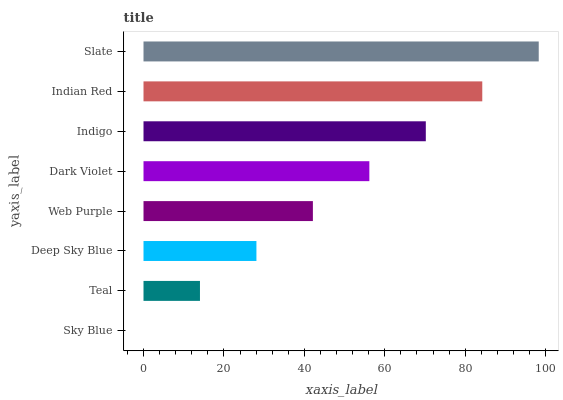
| yaxis_label | bars |
 | --- | --- |
 | Sky Blue | 0 |
 | Teal | 14 |
 | Deep Sky Blue | 28.1 |
 | Web Purple | 42.1 |
 | Dark Violet | 56.2 |
 | Indigo | 70.2 |
 | Indian Red | 84.2 |
 | Slate | 98.3 |